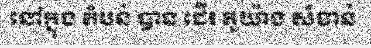
នៅក្នុង តំបន់ បាន ដើរ តួយ៉ាង សំខាន់